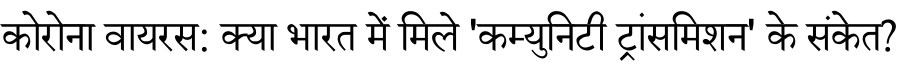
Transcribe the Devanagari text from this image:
कोरोना वायरस: क्या भारत में मिले 'कम्युनिटी ट्रांसमिशन' के संकेत?